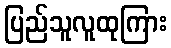
ပြည်သူလူထုကြား